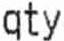
QTY